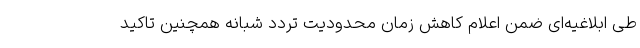
طی ابلاغیه‌ای ضمن اعلام کاهش زمان محدودیت تردد شبانه همچنین تاکید